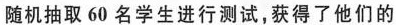
随机抽取60名学生进行测试，获得了他们的